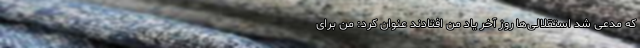
که مدعی شد استقلالی‌ها روز آخر یاد من افتادند عنوان کرد: من برای